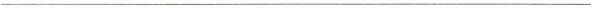
___